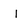
Character: I